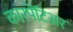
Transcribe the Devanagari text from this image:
कारपेंटिअर